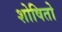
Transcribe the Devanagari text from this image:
शोषितो